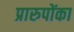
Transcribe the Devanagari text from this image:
प्रारुपोंका